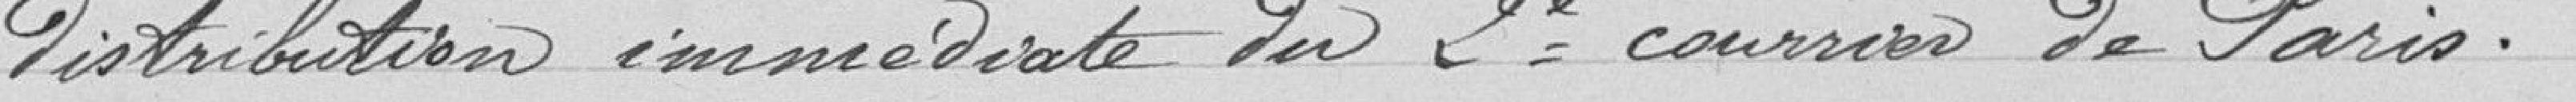
distribution immédiate du 2e courrier de Paris.